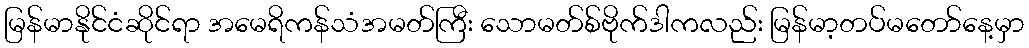
မြန်မာနိုင်ငံဆိုင်ရာ အမေရိကန်သံအမတ်ကြီး သောမတ်စ်ဗိုက်ဒါကလည်း မြန်မာ့တပ်မတော်နေ့မှာ